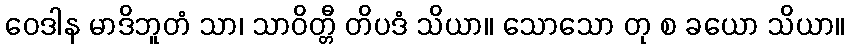
ဝေဒါန မာဒိဘူတံ သာ၊ သာဝိတ္တီ တိပဒံ သိယာ။ သောသော တု စ ခယော သိယာ။